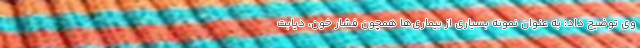
وی توضیح داد: به عنوان نمونه بسیاری از بیماری‌ها همچون فشار خون، دیابت